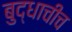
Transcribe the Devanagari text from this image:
बुद्धाचीच